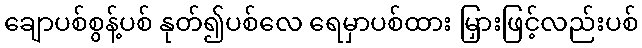
ချောပစ်စွန့်ပစ် နုတ်၍ပစ်လေ ရေမှာပစ်ထား မြှားဖြင့်လည်းပစ်